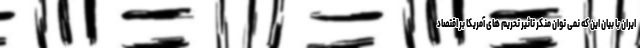
ایران با بیان این که نمی توان منکر تاثیر تحریم های آمریکا بر اقتصاد